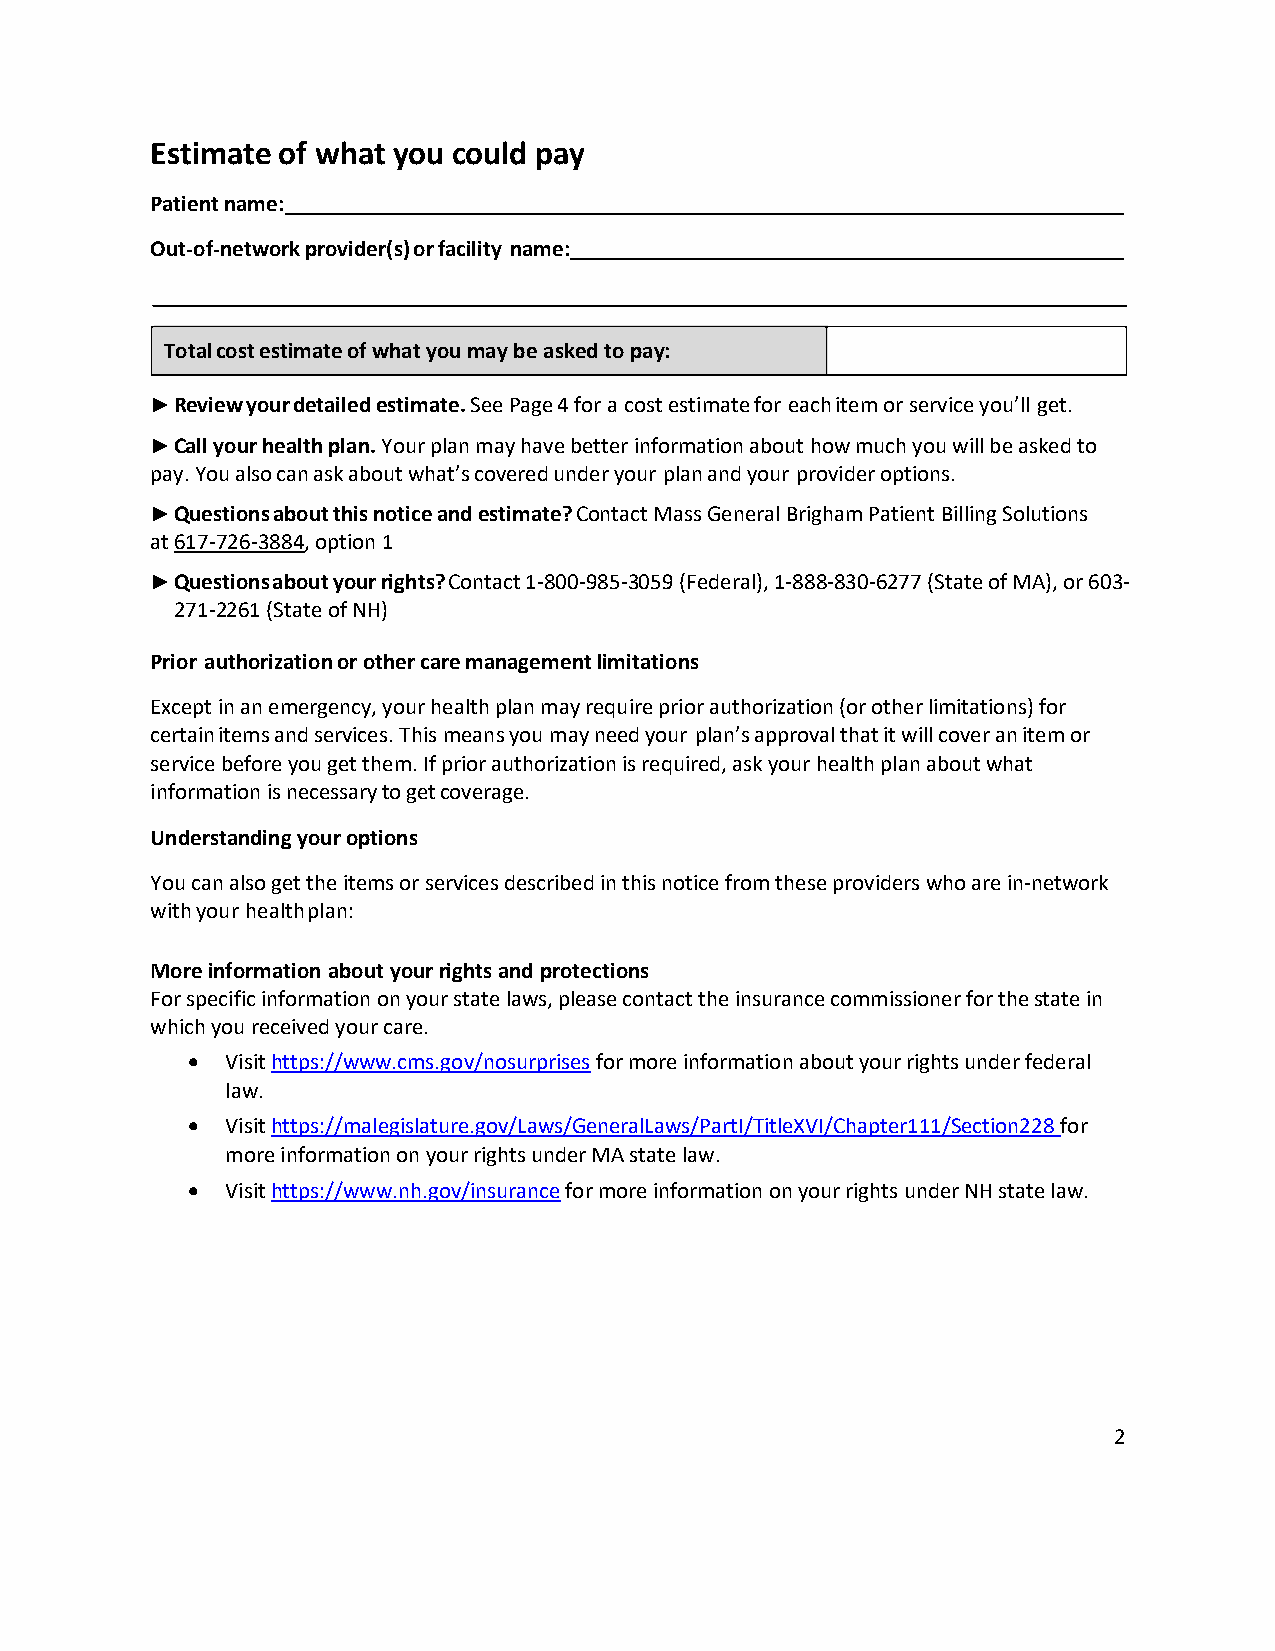
Estimate of what you could pay
 Patient name:
 Out-of-network provider(s) or facility name:
 Total cost estimate of what you may be asked to pay:
 ► Review your detailed estimate. See Page 4 for a cost estimate for each item or service you’ll get.
 ► Call your health plan. Your plan may have better information about how much you will be asked to
 pay. You also can ask about what’s covered under your plan and your provider options.
 ► Questions about this notice and estimate? Contact Mass General Brigham Patient Billing Solutions
 at 617-726-3884, option 1
 ► Questions about your rights? Contact 1-800-985-3059 (Federal), 1-888-830-6277 (State of MA), or 603-
 271-2261 (State of NH)
 Prior authorization or other care management limitations
 Except in an emergency, your health plan may require prior authorization (or other limitations) for
 certain items and services. This means you may need your plan’s approval that it will cover an item or
 service before you get them. If prior authorization is required, ask your health plan about what
 information is necessary to get coverage.
 Understanding your options
 You can also get the items or services described in this notice from these providers who are in-network
 with your health plan:
 More information about your rights and protections
 For specific information on your state laws, please contact the insurance commissioner for the state in
 which you received your care.
 •  Visit https://www.cms.gov/nosurprises for more information about your rights under federal
 law.
 •  Visit https://malegislature.gov/Laws/GeneralLaws/PartI/TitleXVI/Chapter111/Section228 for
 more information on your rights under MA state law.
 •  Visit https://www.nh.gov/insurance for more information on your rights under NH state law.
 2